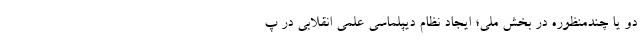
دو یا چندمنظوره در بخش ملی؛ ایجاد نظام دیپلماسی علمی انقلابی در پ